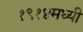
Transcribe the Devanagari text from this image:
१९१४मध्यी